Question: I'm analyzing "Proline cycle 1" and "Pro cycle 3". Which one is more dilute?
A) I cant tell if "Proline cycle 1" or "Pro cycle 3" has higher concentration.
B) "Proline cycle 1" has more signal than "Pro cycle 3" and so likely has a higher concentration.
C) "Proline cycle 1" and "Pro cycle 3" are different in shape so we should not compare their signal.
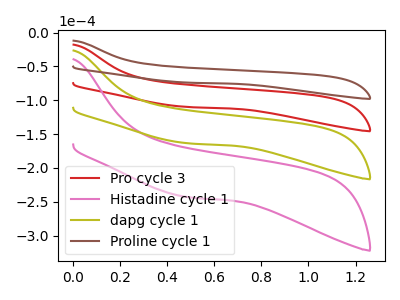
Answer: <think>The red curve "Pro cycle 3" has no peaks. The pink curve "Histadine cycle 1" has no peaks. The olive curve "dapg cycle 1" has no peaks. The brown curve "Proline cycle 1" has no peaks.
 Neither "Proline cycle 1" or "Pro cycle 3" have any peaks.</think>
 <answer>A) I cant tell if "Proline cycle 1" or "Pro cycle 3" has higher concentration.</answer>
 <eval>A</eval>